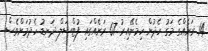
14 ރަށެއްގެ މަގު ހެދުން ހިމެނޭއިރު 67 ރަށެއްގައި ފުޓްސަލް ދަނޑު ހެދުމަށްވެސް